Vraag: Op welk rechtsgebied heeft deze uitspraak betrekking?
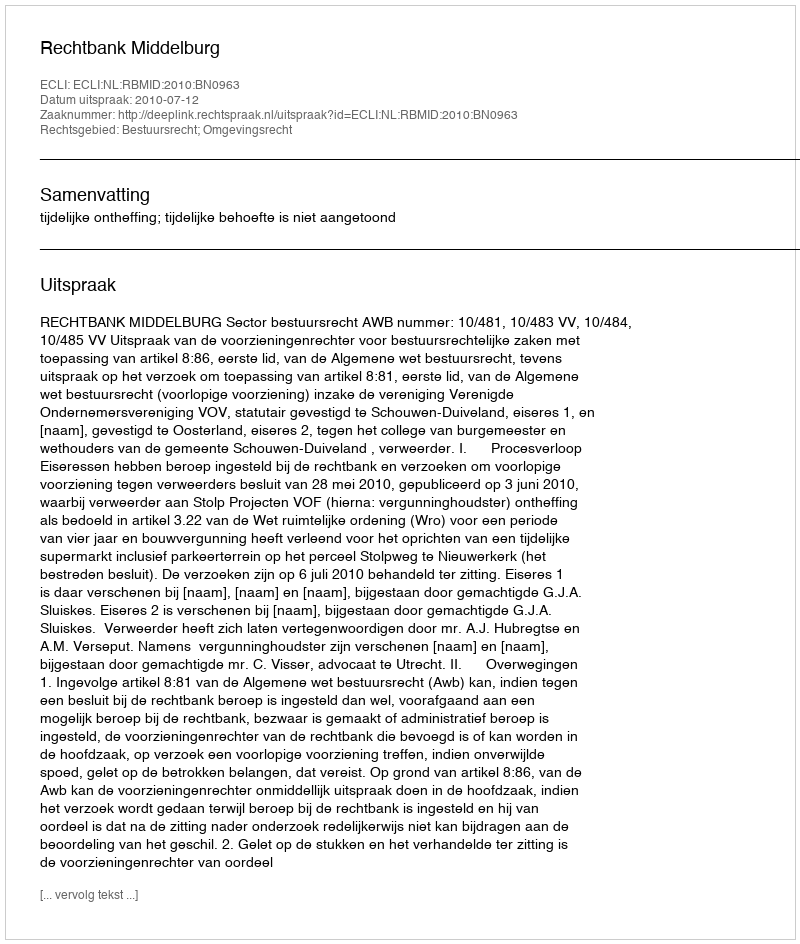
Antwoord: Bestuursrecht; Omgevingsrecht